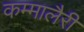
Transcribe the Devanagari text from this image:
कम्मालैरी